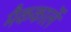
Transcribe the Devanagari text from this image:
मैककार्ले